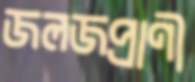
জলজপ্রাণী